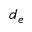
d _ { e }